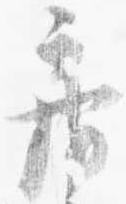
房